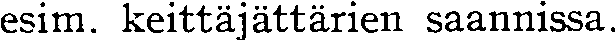
esim. keittäjättärien saannissa.